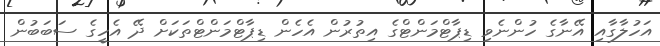
އަހުލާގާއި އޭނާގެ ހުންނެވި ޑިޕާޓްމަންޓްގެ އިތުރުން އެހެން ޑިޕާޓްމަންޓްތަކަށް ދޭ އެހީގެ ސަބަބުން